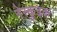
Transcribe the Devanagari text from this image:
नेस्कुइक